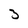
Character: 3